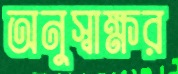
অনুস্বাক্ষর